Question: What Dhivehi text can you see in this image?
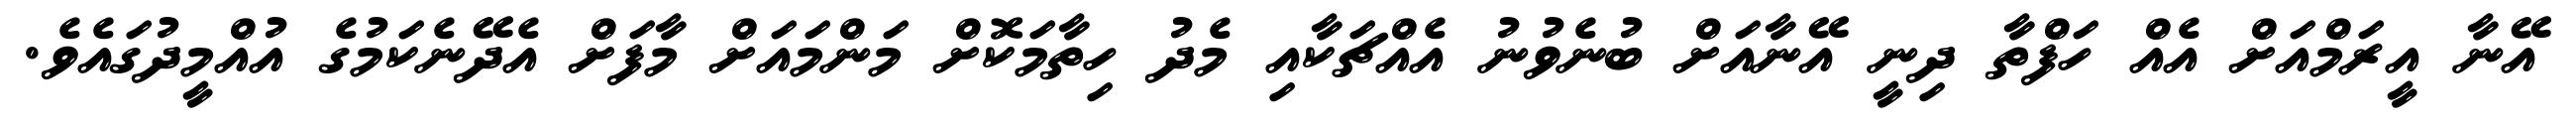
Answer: އޭނާ އީރަމްއަށް އެއް ހަފްތާ ދިނީ އޭނާއަށް ބުނެވުނު އެއްޗަކާއި މެދު ހިތާމަކޮށް މަންމައަށް މާފަށް އެދޭނެކަމުގެ އުއްމީދުގައެވެ.